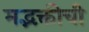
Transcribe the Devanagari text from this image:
मद्भक्तीची